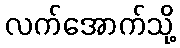
လက်အောက်သို့